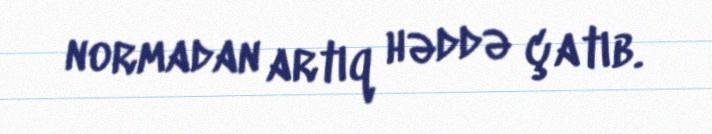
normadan artıq həddə çatıb.